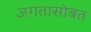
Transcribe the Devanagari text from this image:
जगतासोबत